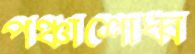
পঞ্চাশোর্ধ্ব